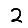
Digit: 2